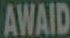
AWAID